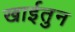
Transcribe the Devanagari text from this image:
खाईतुन